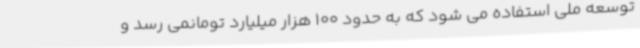
توسعه ملی استفاده می شود که به حدود 100 هزار میلیارد تومانمی رسد و